[Report on the health of British troops in the Madras command]
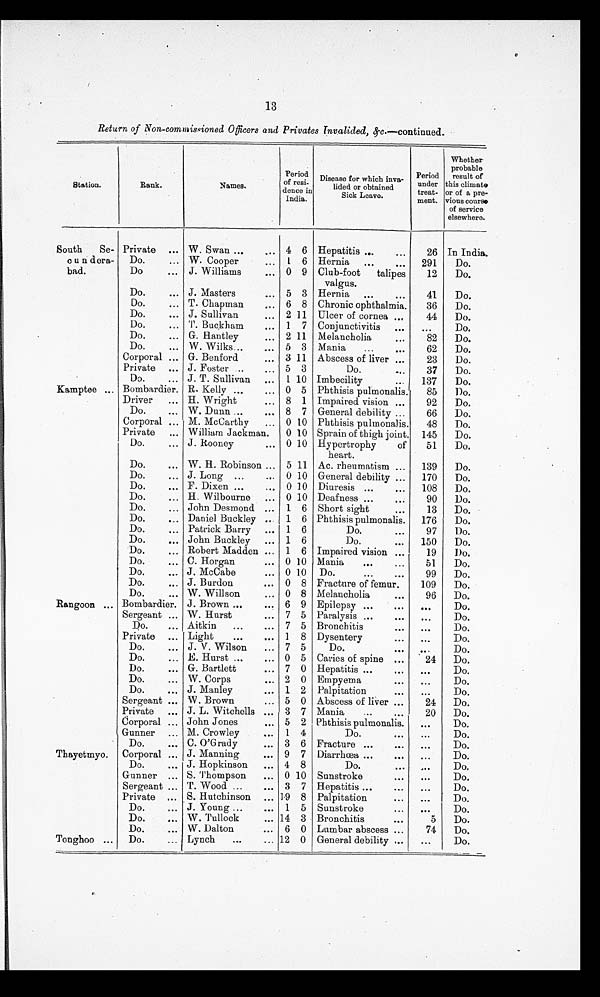
13
Return of Non-commissioned Officers and Privates Invalided, &c.—continued.
Station.
Rank.
Names.
Period
of resi-
deuce in
India.
Disease for which inva-
tided or obtained
Sick Leave.
Period
under
treat-
ment.
Whether
probable
result of
this climate
or of a pre-
vious course*
of service
elsewhere.
South
Se-
c u n d era-
bad.
Kamptee ...
Rangoon ...
Thayetmyo.
Tonghoo ...
Private ... W. Swan ...
. . .
4 6 Hepatitis ...
. . .
26 In India..
Do.
... W. Cooper
. . .
1 6 Hernia
...
. . .
291
Do.
Do
... J. Williams
. . .
0
9 Club-foot
talipes
valgus.
12
Do.
Do.
... J. Master
. . .
5 3 Hernia ...
. . .
41
Do.
Do.
... T. Chapman
. . .
6 8 Chronic ophthalmia.
36
Do.
Do.
... J. Sullivan
. . .
2 11 Ulcer of cornea . . .
44
Do.
Do.
... T. Buckham
. . .
1 7 Conjunctivitis
. . .
...
Do.
Do.
... G. Hantley
. . .
2 11 Melancholia
. . .
82
Do.
Do.
... W. Wilks...
. . .
5 3 Mania
...
. . .
62
Do.
Corporal ... G. Benford
. . .
3 11 Abscess of liver ...
23
Do.
Private ... J. Foster ..
. . .
5 3
Do.
. . .
37
Do.
Do.
... J. T. Sullivan
. . .
1 10 Imbecility
...
137
Do.
Bombardier. R. Kelly ...
. . .
0
5 Phthisis pamonalis.
85
Do.
Driver
... H. Wright
... 8 1 Impaired vision ...
92
Do.
Do.
... W. Dunn ...
. . .
8 7 General debility ...
66
Do.
Corporal ... M. McCarthy
. . .
0 10 Phthisis pulmonalis.
48
Do.
Private
... William Jackman.
0 10 Sprain of thigh joint. 145
Do.
Do.
... J. Rooney
. . .
0 10 Hypertrophy
of
heart.
51
Do.
Do.
. . . W. H. Robinson ... 5 11 Ac. rheumatism ...
139
Do.
Do.
... J. Long ...
. . .
0 10 General debility ...
170
Do.
Do.
... F. Dixen. ...
. . .
0 10 Diuresis ...
. . . 108
Do.
Do.
... H. Wilbourne
. . .
0 10 Deafness ...
. . .
90
Do.
Do.
... John Desmond ... 1 6 Short sight
. . .
13
Do.
Do.
Daniel Buckley ..
1 6 Phthisis pulmonalis.
176
Do.
Do.
. . .
Patrick Barry
... 1 6
Do.
. . .
97
Do.
Do.
. . .
John Buckley
... 1 6
Do.
. . . 150
Do.
Do.
... Robert Madden ... 1 6 Impaired vision ...
19
Do.
Do.
... C. Horgan
... 0 10 Mania
...
...
51
Do.
Do.
. . . J McCabe
•
...
0 10 Do.
...
. . .
99
Do.
Do.
. . . J Burdon
.
... 0 8 Fracture of femur.
109
Do.
Do.
... W. Willson
... 0 8 Melancholia
. . .
96
Do.
Bombardier. J. Brown ...
. . .
6 9 Epilepsy ...
. . .
. . .
Do.
Sergeant ... W. Hurst
... 7 5 Paralysis ...
. . .
. . .
Do.
Do.
. . . Aitkin
...
. . .
7 5 Bronchitis
. . .
. . .
Do.
Private ... Light
...
... 1 8 Dysentery
. . .
. . .
Do.
Do.
J. V. Wilson
... 7 5
Do.
. . .
Do.
Do.
...
... E. Hurst ...
. . .
0 5 Caries of spine ...
24
Do.
Do.
... G. Bartlett
... 7 0 Hepatitis ...
. . .
. . .
Do.
Do.
... W. Corps
... 2 0 Empyema
. . .
. . .
Do.
Do.
... J. Manley
... 1 2 Palpitation
. . .
. . .
Do.
Sergeant ... W. Brown
... 5 0 Abscess of liver ...
24
Do.
Private ... J. L. Witchells ... 3 7 Mania...
20
Do.
Corporal ... John Jones
. . .
5 2 Phthisis pulmonalis.
...
Do.
Gunner ... M. Crowley
... 1 4
Do.
. . .
Do.
Do.
... C. O'Grady
. . .
3 6 Fracture ...
. . .
Do.
Corporal ,.. J. Manning
... 9 7 Diarrhoea ...
. . .
Do.
Do.
... J. Hopkinson
... 4 8
Do.
. . .
Do.
Gunner ... S. Thompson
... 0 10 Sunstroke
...
. . .
Do.
Sergeant ... T. Wood ...
. . .
3 7 Hepatitis ...
. . .
. . .
Do.
Private ... S. Hutchinson ... 19 8 Palpitation
. . .
. . .
Do.
Do.
... J. Young ...
... 1 5 Sunstroke
. . .
. . .
Do.
Do.
W. Tullock
... 14 3 Bronchitis
. . .
5
Do.
Do.
. . .
W. Dalton
... 6 0 Lumbar abscess ...
74
Do.
Do.
... Lynch
...
... 12 0 General debility ...
...
Do.